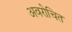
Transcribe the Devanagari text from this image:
अवरोचित